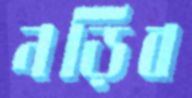
নড়িব